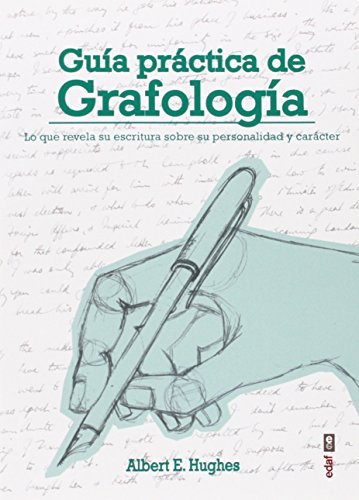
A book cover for Guia practica de grafologia (Spanish Edition); Albert E. Hugues; Self-Help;